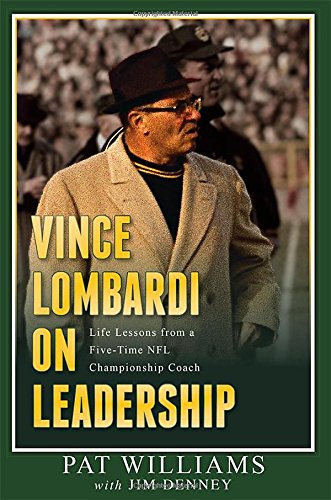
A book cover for Vince Lombardi on Leadership: Life Lessons from a Five-Time NFL Championship Coach; Pat Williams; Sports & Outdoors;